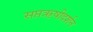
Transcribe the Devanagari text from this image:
सप्तऋषीदर्शन